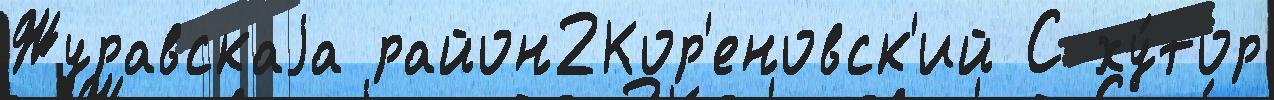
Журавскаjа район2Кор'еновск'ий С ху́тор